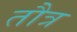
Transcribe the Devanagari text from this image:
तौत्र